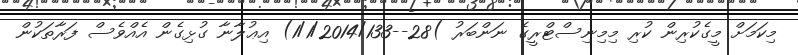
މިކަމަށް މީގެކުރިން ކުރި މިމިނިސްޓްރީގެ ނަންބަރު )28--1/1/2014/133) އިޢުލާނާ ގުޅިގެން އެއްވެސް ފަރާތަކުން